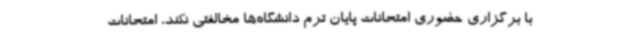
با برگزاری حضوری امتحانات پایان ترم دانشگاه‌ها مخالفتی نکند، امتحانات